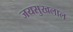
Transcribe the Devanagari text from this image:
जयसुखलाल